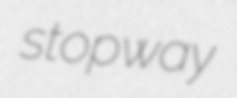
stopway